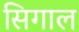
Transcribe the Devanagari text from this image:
सिगाल